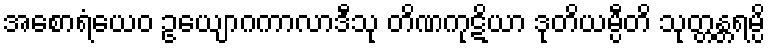
အစောရံယေဝ ဥယျောဂကာလာဒီသု တိဏကုဋိယာ ဒုတိယမ္ပီတိ သုတ္တန္တရမ္ပိ